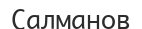
Салманов